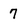
Character: 7